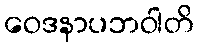
ဝေဒနာပဘဝါတိ